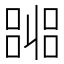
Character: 嘂